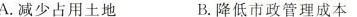
A.减少占用土地 B.降低市政管理成本